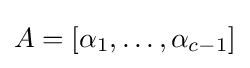
A=[\mathbf {\alpha } _{1},\ldots ,\mathbf {\alpha } _{c-1}]